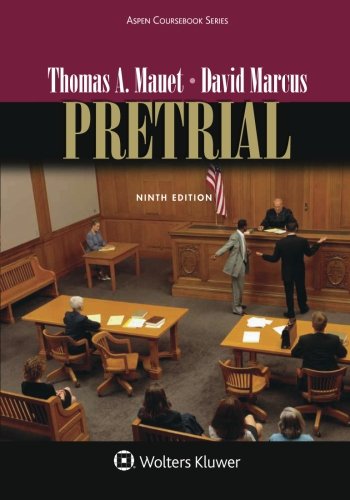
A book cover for Pretrial (Aspen Coursebook); Thomas A. Mauet; Law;